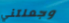
وجعلتني